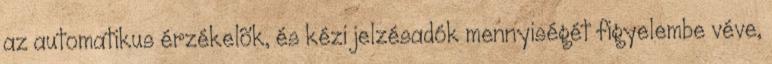
az automatikus érzékelõk, és kézi jelzésadók mennyiségét figyelembe véve,